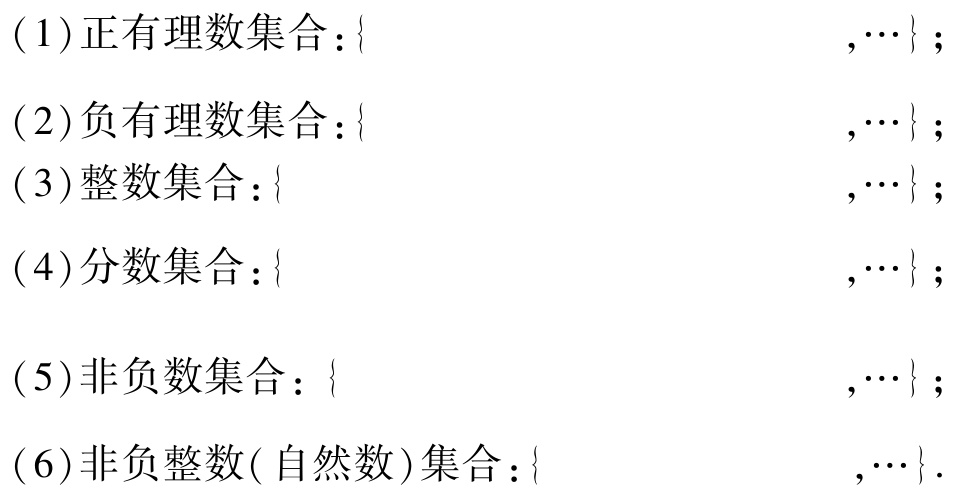
( 1 )正有理数集合：\{  ,\cdots\}；
( 2 )负有理数集合：\{  ,\cdots\}；
( 3 )整数集合：\{  ,\cdots\}；
( 4 )分数集合：\{  ,\cdots\}；
( 5 )非负数集合： \{  ,\cdots\}；
( 6 )非负整数( 自然数 )集合：\{  ,\cdots\}.